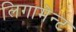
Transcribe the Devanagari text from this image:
लिगामेन्ट